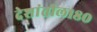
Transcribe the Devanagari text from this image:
देशांतील१८०